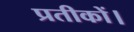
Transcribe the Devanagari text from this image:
प्रतीकों।